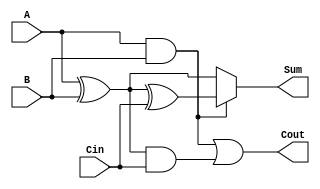
module ConditionalSumFullAdder (
    input wire A,      // 1-bit binary input A
    input wire B,      // 1-bit binary input B
    input wire Cin,    // 1-bit carry input
    output wire Sum,   // 1-bit sum output
    output wire Cout   // 1-bit carry output
);

    // Intermediate signals
    wire S1;          // Sum when Cin is 0
    wire C1;          // Carry when Cin is 0
    wire S2;          // Sum when Cin is 1
    wire C2;          // Carry when Cin is 1

    // Compute S1 and C1 (when Cin is 0)
    assign S1 = A ^ B;          // S1 = A XOR B
    assign C1 = A & B;          // C1 = A AND B

    // Compute S2 and C2 (when Cin is 1)
    assign S2 = S1 ^ Cin;       // S2 = S1 XOR Cin
    assign C2 = S1 & Cin;       // C2 = S1 AND Cin

    // Final outputs
    assign Sum = C1 ? S2 : S1;  // If C1 is true, use S2; otherwise use S1
    assign Cout = C1 | C2;      // Cout = C1 OR C2

endmodule